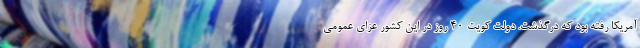
آمریکا رفته بود که درگذشت. دولت کویت 40 روز در این کشور عزای عمومی